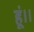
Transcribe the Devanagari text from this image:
हूं।।